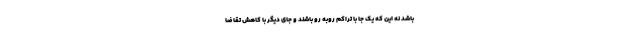
باشد نه این که یک جا با تراکم روبه رو باشند و جای دیگر با کاهش تقاضا